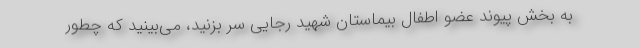
به بخش پیوند عضو اطفال بیماستان شهید رجایی سر بزنید، می‌بینید که چطور